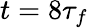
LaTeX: t=8\tau_{f}